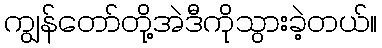
ကျွန်တော်တို့အဲဒီကိုသွားခဲ့တယ်။